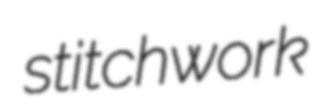
stitchwork